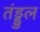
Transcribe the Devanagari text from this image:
तंड्डुल